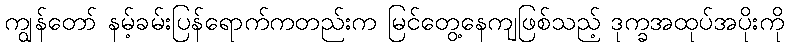
ကျွန်တော် နမ့်ခမ်းပြန်ရောက်ကတည်းက မြင်တွေ့နေကျဖြစ်သည့် ဒုက္ခအထုပ်အပိုးကို